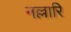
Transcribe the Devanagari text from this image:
नल्लारि